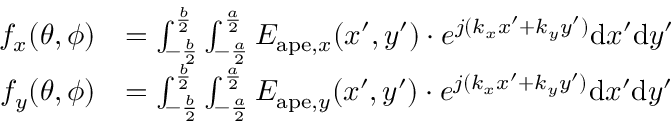
\begin{array} { r l } { f _ { x } ( \theta , \phi ) } & { = \int _ { - \frac { b } { 2 } } ^ { \frac { b } { 2 } } \int _ { - \frac { a } { 2 } } ^ { \frac { a } { 2 } } E _ { \mathrm { a p e } , x } ( x ^ { \prime } , y ^ { \prime } ) \cdot e ^ { j ( k _ { x } x ^ { \prime } + k _ { y } y ^ { \prime } ) } \mathrm { d } x ^ { \prime } \mathrm { d } y ^ { \prime } } \\ { f _ { y } ( \theta , \phi ) } & { = \int _ { - \frac { b } { 2 } } ^ { \frac { b } { 2 } } \int _ { - \frac { a } { 2 } } ^ { \frac { a } { 2 } } E _ { \mathrm { a p e } , y } ( x ^ { \prime } , y ^ { \prime } ) \cdot e ^ { j ( k _ { x } x ^ { \prime } + k _ { y } y ^ { \prime } ) } \mathrm { d } x ^ { \prime } \mathrm { d } y ^ { \prime } } \end{array}